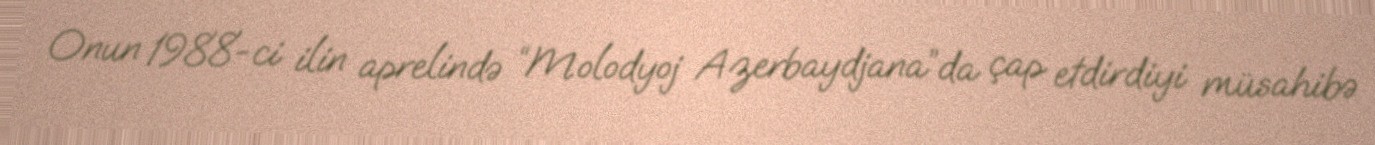
Onun 1988-ci ilin aprelində “Molodyoj Azerbaydjana”da çap etdirdiyi müsahibə